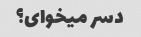
دسر میخوای؟